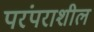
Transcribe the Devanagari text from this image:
परंपराशील